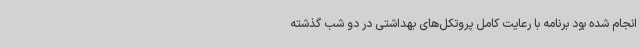
انجام شده بود برنامه ‌با رعایت کامل پروتکل‌های بهداشتی در دو شب گذشته